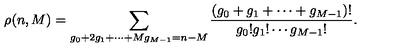
\rho ( n , M ) = \sum _ { g _ { 0 } + 2 g _ { 1 } + \cdots + M g _ { M - 1 } = n - M } \frac { ( g _ { 0 } + g _ { 1 } + \cdots + g _ { M - 1 } ) ! } { g _ { 0 } ! g _ { 1 } ! \cdots g _ { M - 1 } ! } .